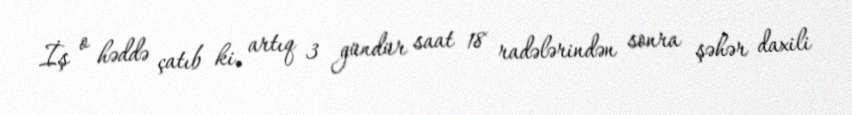
İş o həddə çatıb ki, artıq 3 gündür saat 18 radələrindən sonra şəhər daxili